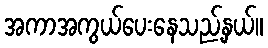
အကာအကွယ်ပေးနေသည့်နှယ်။